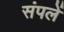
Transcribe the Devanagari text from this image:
संपलें